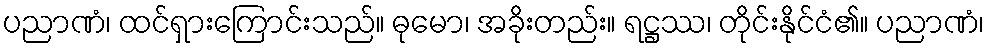
ပညာဏံ၊ ထင်ရှားကြောင်းသည်။ ဓုမော၊ အခိုးတည်း။ ရဋ္ဌဿ၊ တိုင်းနိုင်ငံ၏။ ပညာဏံ၊